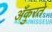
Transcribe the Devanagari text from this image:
अँकुरते